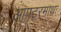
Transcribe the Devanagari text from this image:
आफ्टरमाथः